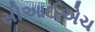
સીઆઈએચ